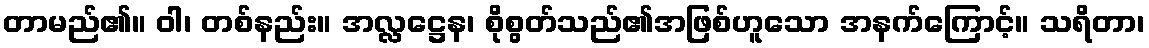
တာမည်၏။ ဝါ၊ တစ်နည်း။ အလ္လဋ္ဌေန၊ စိုစွတ်သည်၏အဖြစ်ဟူသော အနက်ကြောင့်။ သရိတာ၊